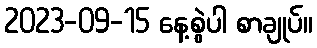
2023-09-15 နေ့စွဲပါ စာချုပ်။